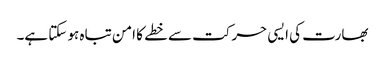
بھارت کی ایسی حرکت سے خطے کا امن تباہ ہو سکتا ہے۔